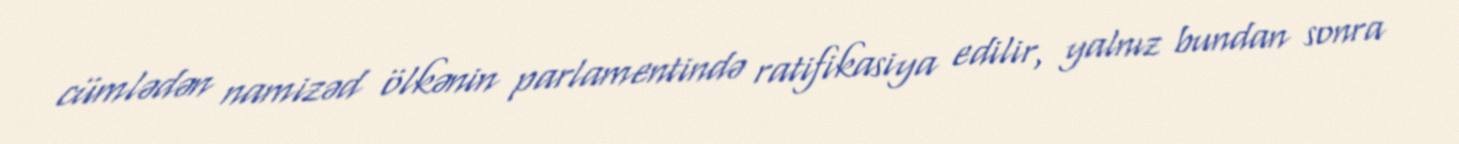
cümlədən namizəd ölkənin parlamentində ratifikasiya edilir, yalnız bundan sonra